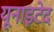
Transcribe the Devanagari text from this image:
यूनाइटेद